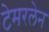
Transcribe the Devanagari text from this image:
टेमरलेन